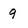
Character: 9